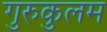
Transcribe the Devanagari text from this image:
गुरुकुलम